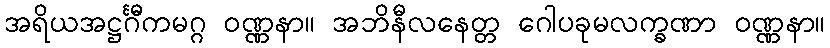
အရိယအဋ္ဌင်္ဂီကမဂ္ဂ ဝဏ္ဏနာ။ အဘိနီလနေတ္တ ဂေါပခုမလက္ခဏာ ဝဏ္ဏနာ။